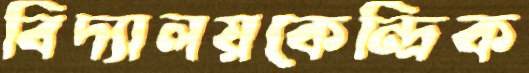
বিদ্যালয়কেন্দ্রিক